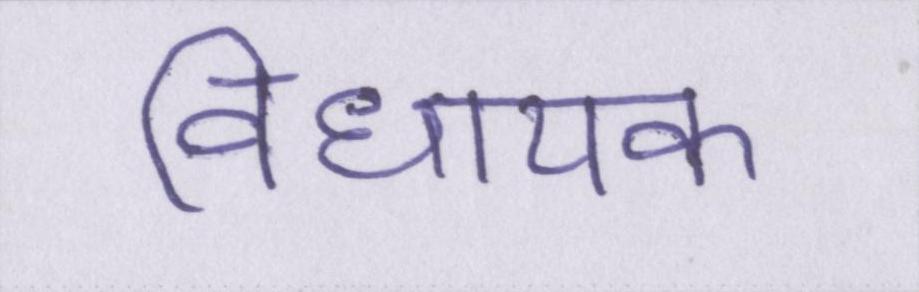
विधायक